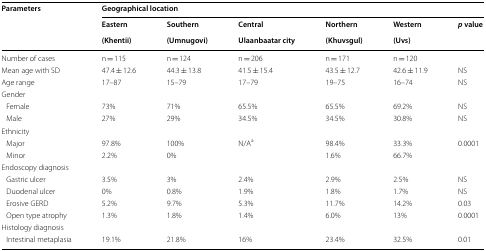
<table><thead><tr><td rowspan="3"><b>Parameters</b></td><td colspan="6"><b>Geographical location</b></td></tr><tr><td><b>Eastern</b></td><td><b>Southern</b></td><td><b>Central</b></td><td><b>Northern</b></td><td><b>Western</b></td><td rowspan="2"><b><i>p</i> value</b></td></tr><tr><td><b>(Khentii)</b></td><td><b>(Umnugovi)</b></td><td><b>Ulaanbaatar city</b></td><td><b>(Khuvsgul)</b></td><td><b>(Uvs)</b></td></tr></thead><tbody><tr><td>Number of cases </td><td>n = 115</td><td>n = 124</td><td>n = 206</td><td>n = 171</td><td>n = 120</td><td></td></tr><tr><td>Mean age with SD</td><td>47.4 ± 12.6</td><td>44.3 ± 13.8</td><td>41.5 ± 15.4</td><td>43.5 ± 12.7</td><td>42.6 ± 11.9</td><td>NS</td></tr><tr><td>Age range</td><td>17–87</td><td>15–79</td><td>17–79</td><td>19–75</td><td>16–74</td><td>NS</td></tr><tr><td colspan="7">Gender</td></tr><tr><td> Female</td><td>73%</td><td>71%</td><td>65.5%</td><td>65.5%</td><td>69.2%</td><td>NS</td></tr><tr><td> Male</td><td>27%</td><td>29%</td><td>34.5%</td><td>34.5%</td><td>30.8%</td><td>NS</td></tr><tr><td colspan="7">Ethnicity</td></tr><tr><td> Major</td><td>97.8%</td><td>100%</td><td rowspan="2">N/A<sup>a</sup></td><td>98.4%</td><td>33.3%</td><td rowspan="2">0.0001</td></tr><tr><td> Minor</td><td>2.2%</td><td>0%</td><td>1.6%</td><td>66.7%</td></tr><tr><td colspan="7">Endoscopy diagnosis</td></tr><tr><td> Gastric ulcer</td><td>3.5%</td><td>3%</td><td>2.4%</td><td>2.9%</td><td>2.5%</td><td>NS</td></tr><tr><td> Duodenal ulcer</td><td>0%</td><td>0.8%</td><td>1.9%</td><td>1.8%</td><td>1.7%</td><td>NS</td></tr><tr><td> Erosive GERD</td><td>5.2%</td><td>9.7%</td><td>5.3%</td><td>11.7%</td><td>14.2%</td><td>0.03</td></tr><tr><td> Open type atrophy</td><td>1.3%</td><td>1.8%</td><td>1.4%</td><td>6.0%</td><td>13%</td><td>0.0001</td></tr><tr><td colspan="7">Histology diagnosis</td></tr><tr><td> Intestinal metaplasia</td><td>19.1%</td><td>21.8%</td><td>16%</td><td>23.4%</td><td>32.5%</td><td>0.01</td></tr></tbody></table>